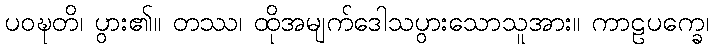
ပဝဍ္ဎတိ၊ ပွား၏။ တဿ၊ ထိုအမျက်ဒေါသပွားသောသူအား။ ကာဠပက္ခေ၊